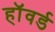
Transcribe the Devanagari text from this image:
हाॅवर्ड